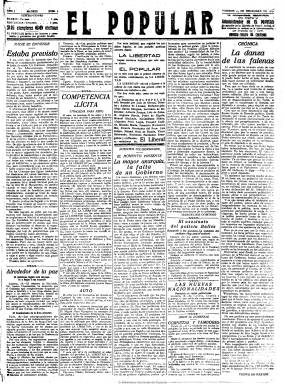
Título: El Popular (Madrid. 1919)
Colección: Periódicos
Ámbito geográfico: Madrid
Lugar de publicación: Madrid
Fechas: 19/12/1919-20/12/1919

Se trata de la cabecera editada temporalmente el 19 y 20 diciembre de 1919, con numeración propia, por quienes habían empezado a publicar La Libertad seis días antes, al suspenderse la edición de este diario por orden judicial tras la demanda interpuesta por “competencia ilícita” por El Liberal y firmada por Miguel Moya. La Libertad, había sido fundada por un nutrido grupo de periodistas procedentes de El Liberal y su imagen y estructura era similar al diario que habían abandonado, como tan similar lo fueron también los dos números que publicaron bajo la cabecera de El popular. El 21 de diciembre reaparecerá de nuevo La Libertad, sumando a su serie los dos números editados por El Popular.